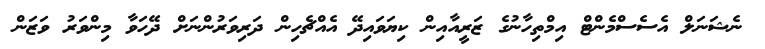
ނެޝަނަލް އެސެސްމެންޓް އިމްތިހާނުގެ ޒަރީއާއިން ކިޔަވައިދޭ އެއްޗެހިން ދަރިވަރުންނަށް ދޭހަވާ މިންވަރު ވަޒަން